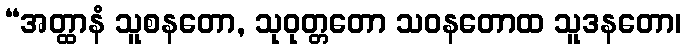
“အတ္ထာနံ သူစနတော, သုဝုတ္တတော သဝနတောထ သူဒနတော၊